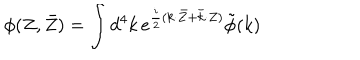
\phi ( Z , \bar { Z } ) = { \int { d ^ { 4 } k } } \, e ^ { \frac { i } { 2 } ( k { \cdot } \bar { Z } + \bar { k } { \cdot } Z ) } \tilde { \phi } ( k )